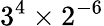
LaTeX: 3^{4}\times 2^{-6}